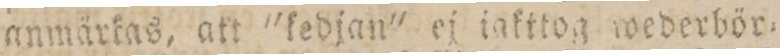
anmärkas, att 'kedjan' ej jakttog wederbör=